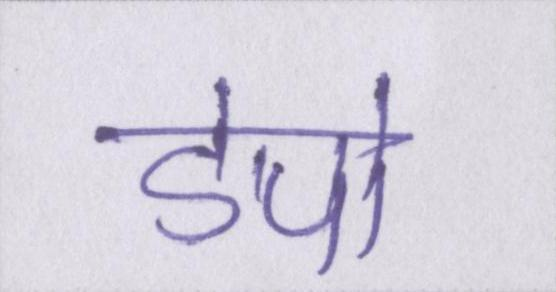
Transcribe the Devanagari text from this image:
डेपो